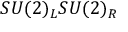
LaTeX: S U ( 2 ) _ { L } S U ( 2 ) _ { R }